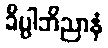
ခိပ္ပါဘိညာနံ